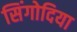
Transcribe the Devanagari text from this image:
सिंगोदिया